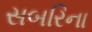
સબરિના